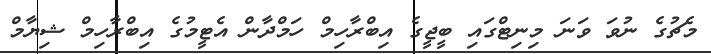
މެޗުގެ ނުވަ ވަނަ މިނިޓްގައި ބީޖީގެ އިބްރާހިމް ހަމްދާން އެޓީމުގެ އިބްރާހިމް ޝިޔާމް